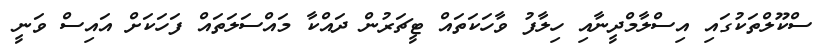
ސްކޫލްތަކުގައި އިސްލާމްދީނާއި ހިލާފު ވާހަކަތައް ޓީޗަރުން ދައްކާ މައްސަލަތައް ފަހަކަށް އައިސް ވަނީ